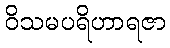
ဝိသမပရိဟာရဇာ